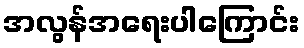
အလွန်အရေးပါကြောင်း